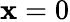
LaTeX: \boldsymbol{\mathbf{x}}=0